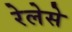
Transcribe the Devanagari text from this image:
रेलेसे